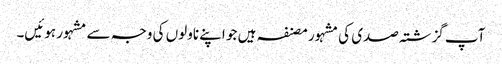
آپ گزشتہ صدی کی مشہور مصنفہ ہیں جو اپنے ناولوں کی وجہ سے مشہور ہوئیں۔